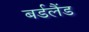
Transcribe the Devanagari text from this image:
बर्डलैंड